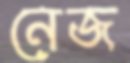
নেজ